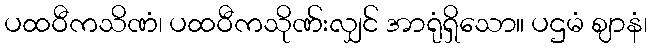
ပထဝီကသိဏံ၊ ပထဝီကသိုဏ်းလျှင် အာရုံရှိသော။ ပဌမံ ဈာနံ၊